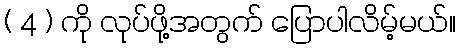
( 4 ) ကို လုပ်ဖို့အတွက် ပြောပါလိမ့်မယ်။